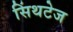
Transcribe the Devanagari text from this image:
सिंथटेज